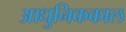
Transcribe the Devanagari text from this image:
आधुनिककाल